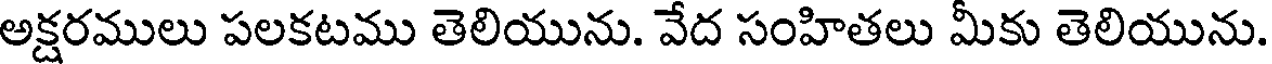
అక్షరములు పలకటము తెలియును. వేద సంహితలు మీకు తెలియును.